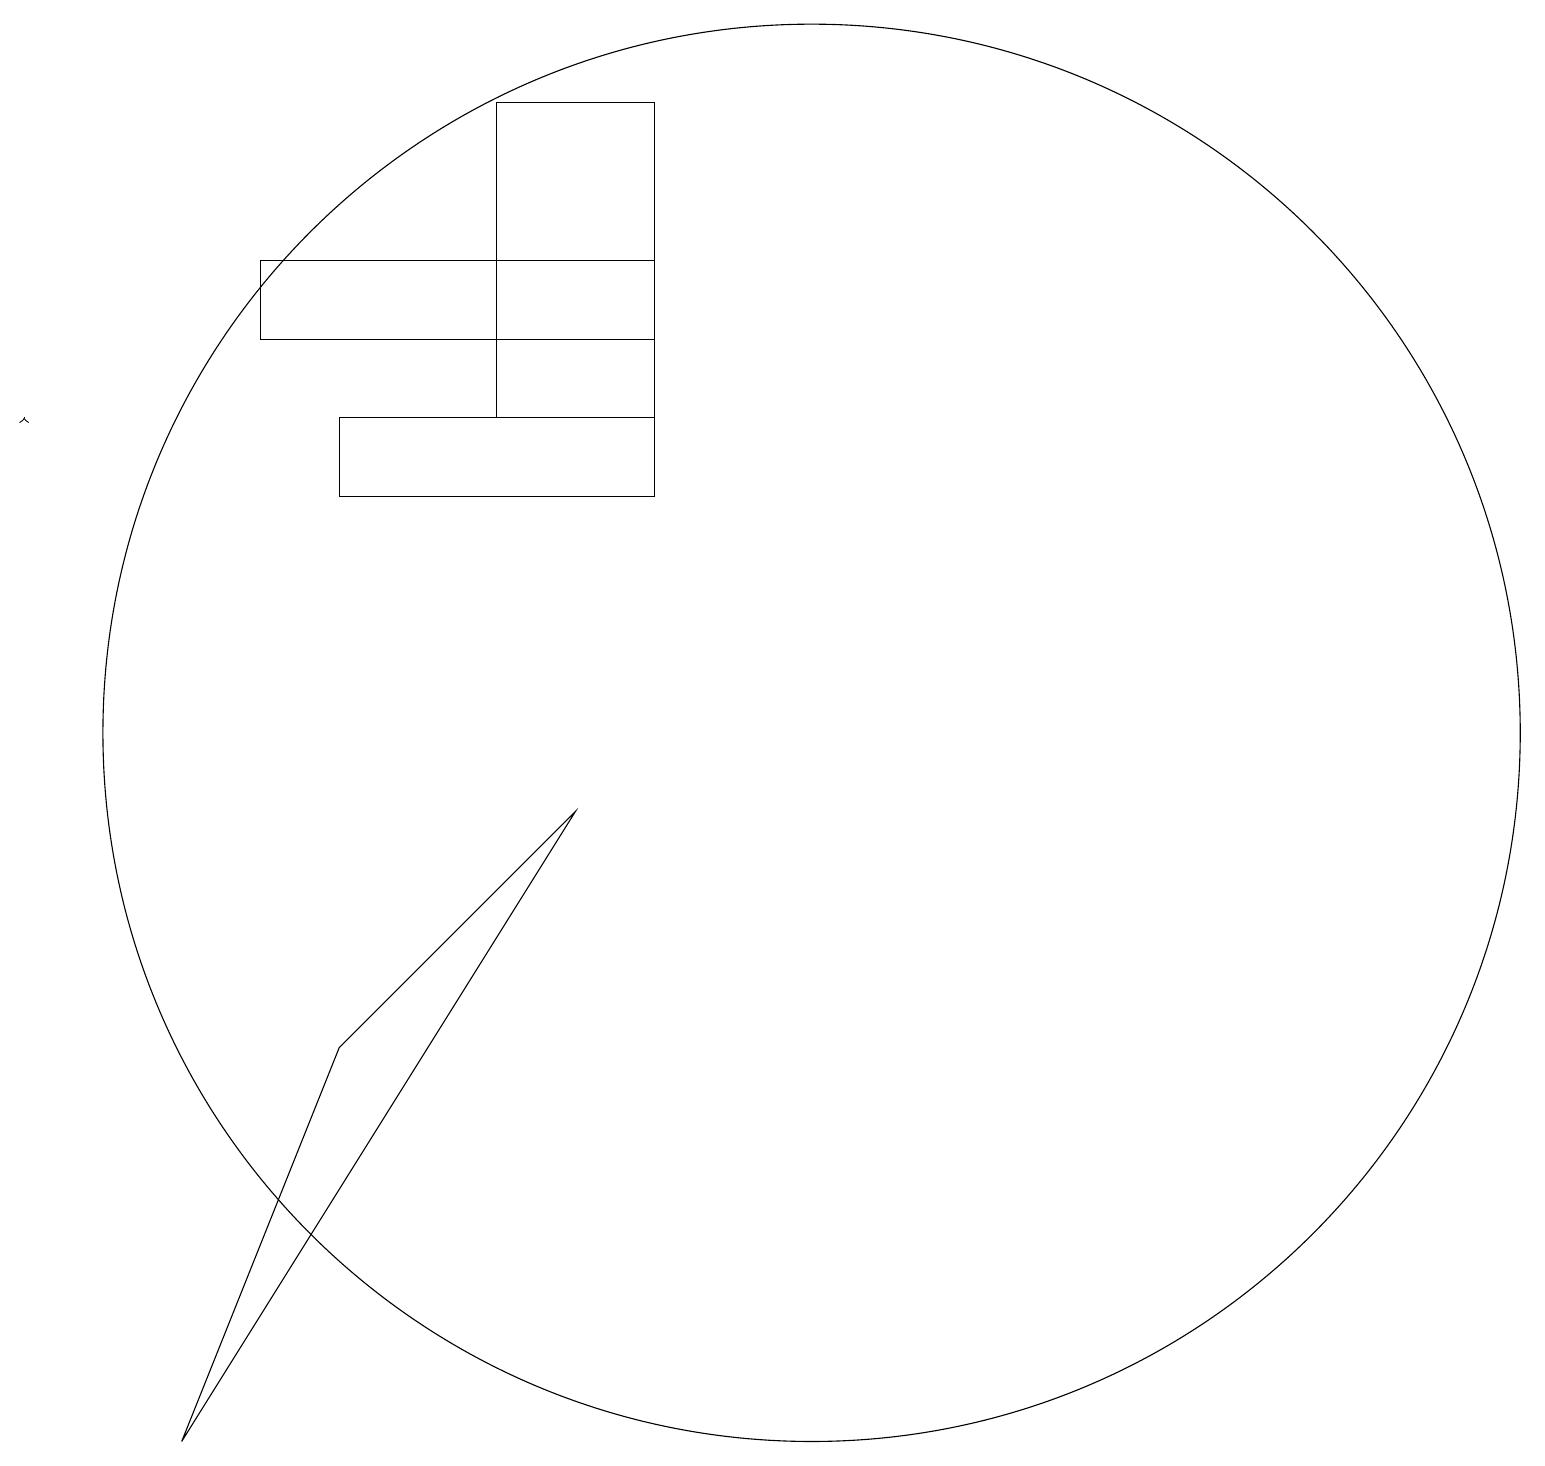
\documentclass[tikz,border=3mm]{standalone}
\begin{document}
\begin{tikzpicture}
\draw (9,18) rectangle (7,14);
\draw (10,11) circle (0);
\draw[->] (1,14) -- (1,14);
\draw (5,13) rectangle (9,14);
\draw (4,16) rectangle (9,15);
\draw (5,6) -- (3,1) -- (8,9) -- cycle;
\draw (11,10) circle (9);
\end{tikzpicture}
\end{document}